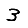
Digit: 3